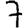
Digit: 7